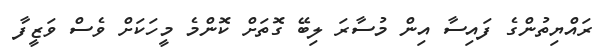
ރައްޔިތުންގެ ފައިސާ އިން މުސާރަ ލިބޭ ގޮތަށް ކޮންމެ މީހަކަށް ވެސް ވަޒީފާ